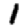
Digit: 1